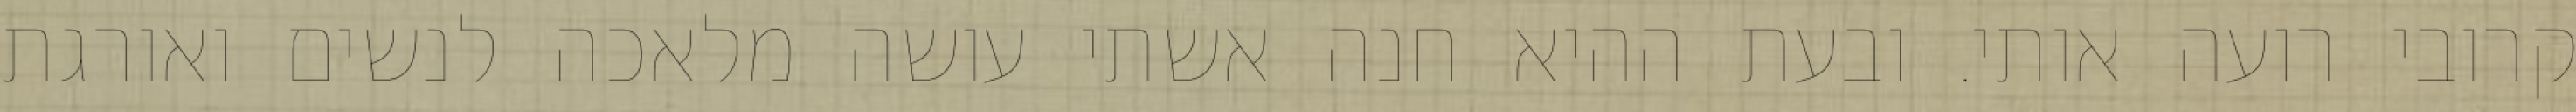
קרובי רועה אותי. ובעת ההיא חנה אשתי עושה מלאכה לנשים ואורגת